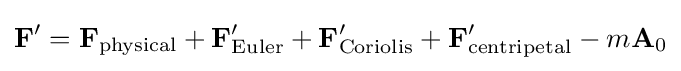
\mathbf {F} '=\mathbf {F} _{\mathrm {physical} }+\mathbf {F} '_{\mathrm {Euler} }+\mathbf {F} '_{\mathrm {Coriolis} }+\mathbf {F} '_{\mathrm {centripetal} }-m\mathbf {A} _{0}